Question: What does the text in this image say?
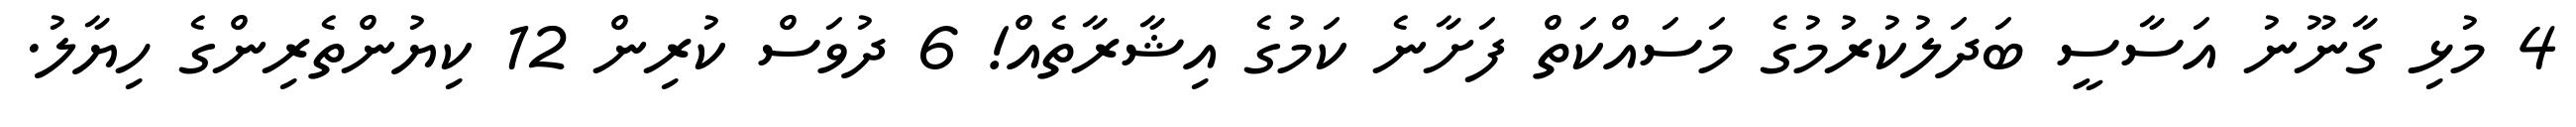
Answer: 4 މުޅި ގާނޫނު އަސާސީ ބަދަލުކުރުމުގެ މަސައްކަތް ފަށާނެ ކަމުގެ އިޝާރާތެއް! 6 ދުވަސް ކުރިން 12 ކިޔުންތެރިންގެ ހިޔާލު.